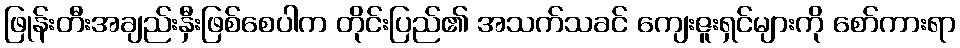
ဖြုန်းတီးအချည်းနှီးဖြစ်စေပါက တိုင်းပြည်၏ အသက်သခင် ကျေးဇူးရှင်များကို စော်ကားရာ